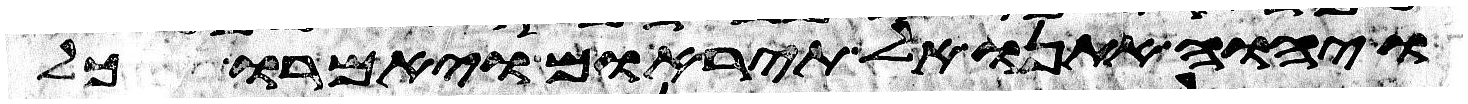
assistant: ויהוה אתנו אל תיראום ויאמרו כל